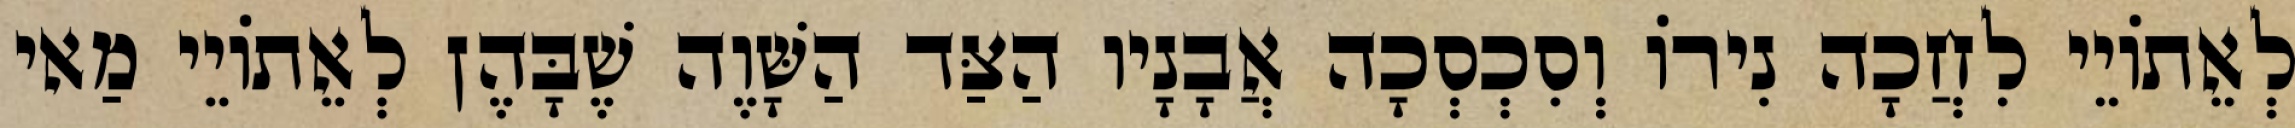
לְאֵתוֹיֵי לִחֲכָה נִירוֹ וְסִכְסְכָה אֲבָנָיו הַצַּד הַשָּׁוֶה שֶׁבָּהֶן לְאֵתוֹיֵי מַאי